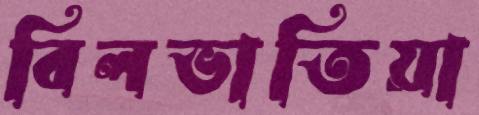
বিলভাতিয়া